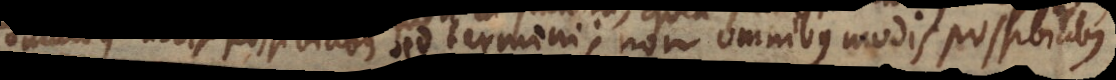
sunt partes sed termini; non omnibus modis possibilibus